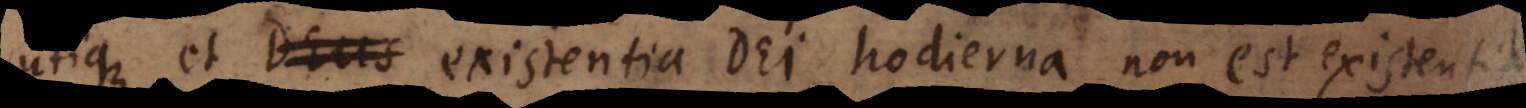
utique et Deus existentia Dei hodierna non est existentia